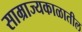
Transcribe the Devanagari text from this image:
साम्राज्यकाळातील